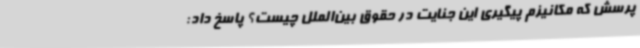
پرسش که مکانیزم پیگیری این جنایت در حقوق بین‌الملل چیست؟ پاسخ داد: